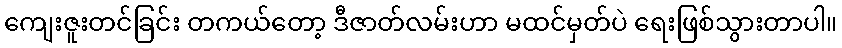
ကျေးဇူးတင်ခြင်း တကယ်တော့ ဒီဇာတ်လမ်းဟာ မထင်မှတ်ပဲ ရေးဖြစ်သွားတာပါ။